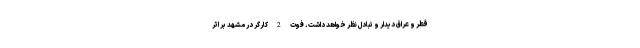
قطر و عراق دیدار و تبادل نظر خواهد داشت. فوت 2 کارگر در مشهد بر اثر